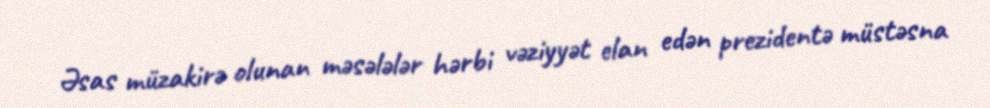
Əsas müzakirə olunan məsələlər hərbi vəziyyət elan edən prezidentə müstəsna